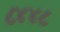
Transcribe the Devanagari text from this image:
८४४८